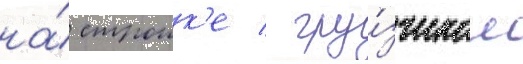
на́ строик'е / гру́зчиком